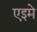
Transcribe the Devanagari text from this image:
एइमे